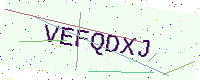
Text: VEFQDXJ